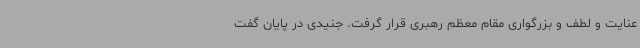
عنایت و لطف و بزرگواری مقام معظم رهبری قرار گرفت. جنیدی در پایان گفت